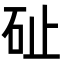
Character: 砋